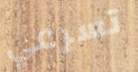
تسرعي